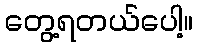
တွေ့ရတယ်ပေါ့။